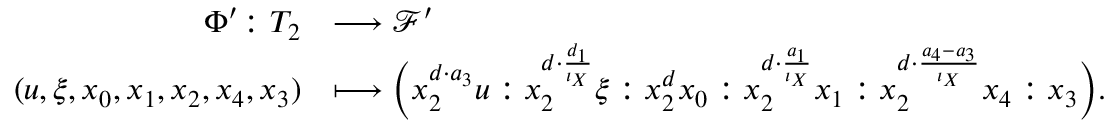
\begin{array} { r l } { \Phi ^ { \prime } \colon T _ { 2 } } & { \longrightarrow \mathcal { F } ^ { \prime } } \\ { ( u , \xi , x _ { 0 } , x _ { 1 } , x _ { 2 } , x _ { 4 } , x _ { 3 } ) } & { \longmapsto \Big ( x _ { 2 } ^ { d \cdot a _ { 3 } } u : x _ { 2 } ^ { d \cdot \frac { d _ { 1 } } { \iota _ { X } } } \xi : x _ { 2 } ^ { d } x _ { 0 } : x _ { 2 } ^ { d \cdot \frac { a _ { 1 } } { \iota _ { X } } } x _ { 1 } : x _ { 2 } ^ { d \cdot \frac { a _ { 4 } - a _ { 3 } } { \iota _ { X } } } x _ { 4 } : x _ { 3 } \Big ) . } \end{array}